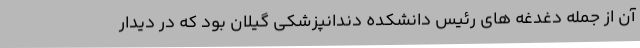
آن از جمله دغدغه های رئیس دانشکده دندانپزشکی گیلان بود که در دیدار